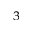
^ 3